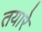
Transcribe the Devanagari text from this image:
तयारे